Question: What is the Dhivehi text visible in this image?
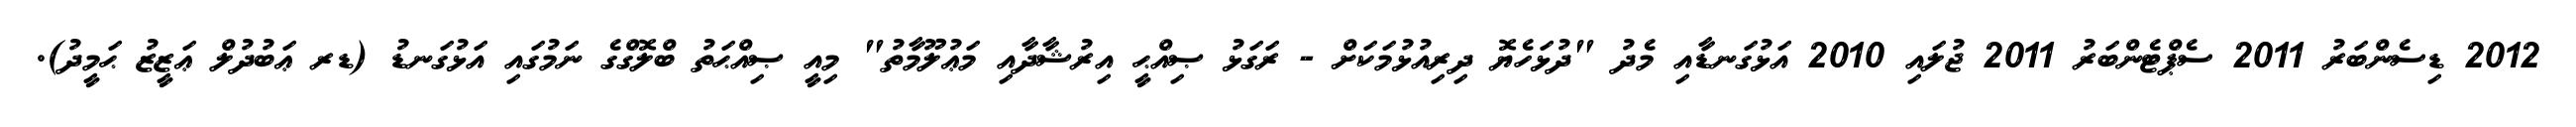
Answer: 2012 ޑިސެންބަރު 2011 ސެޕްޓެންބަރު 2011 ޖުލައި 2010 އަޅުގަނޑާއި މެދު "ދުޅަހެޔޮ ދިރިއުޅުމަކަށް - ރަގަޅު ޞިއްޙީ އިރުޝާދާއި މަޢުލޫމާތު" މިއީ ޞިއްޙަތު ބްލޮގްގެ ނަމުގައި އަޅުގަނޑު (ޑރ ޢަބުދުލް ޢަޒީޒު ޙަމީދު).